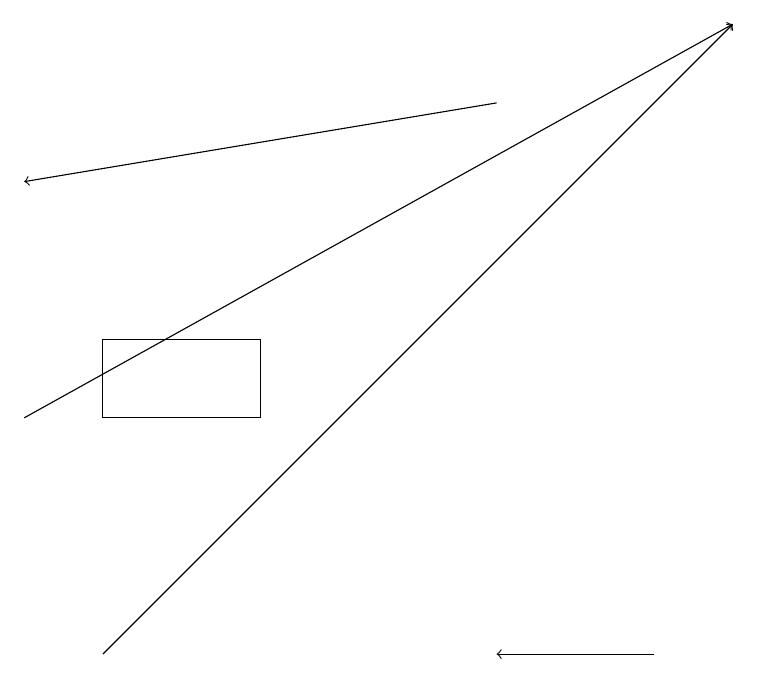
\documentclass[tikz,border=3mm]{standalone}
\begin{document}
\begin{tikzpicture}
\draw[->] (6,18) -- (0,17);
\draw (3,14) rectangle (1,15);
\draw[->] (0,14) -- (9,19);
\draw[->] (1,11) -- (9,19);
\draw[->] (8,11) -- (6,11);
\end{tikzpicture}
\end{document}